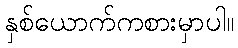
နှစ်ယောက်ကစားမှာပါ။